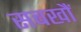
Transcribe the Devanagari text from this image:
सबखौं